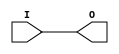
///////////////////////////////////////////////////////////////////////////////
// Copyright (c) 1995/2015 Xilinx, Inc.
// All Right Reserved.
///////////////////////////////////////////////////////////////////////////////
//   ____  ____
//  /   /\/   /
// /___/  \  /    Vendor : Xilinx
// \   \   \/     Version : 2015.4
//  \   \         Description : Xilinx Formal Library Component
//  /   /                  Input Buffer
// /___/   /\     Filename : IBUF.v
// \   \  /  \
//  \___\/\___\
//
///////////////////////////////////////////////////////////////////////////////
// Revision:
//    04/01/08 - Initial version.
// End Revision
///////////////////////////////////////////////////////////////////////////////

`timescale  1 ps / 1 ps

`celldefine

module IBUF (O, I);

    parameter CAPACITANCE = "DONT_CARE";
    parameter IBUF_DELAY_VALUE = "0";
    parameter IBUF_LOW_PWR = "TRUE";
    parameter IFD_DELAY_VALUE = "AUTO";
    parameter IOSTANDARD = "DEFAULT";

`ifdef XIL_TIMING //Simprim
 
  parameter LOC = "UNPLACED";

`endif

    output O;

    input  I;

  buf B1 (O, I);

endmodule

`endcelldefine